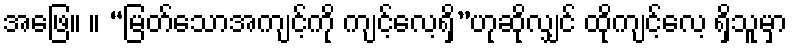
အဖြေ။ ။ “မြတ်သောအကျင့်ကို ကျင့်လေ့ရှိ”ဟုဆိုလျှင် ထိုကျင့်လေ့ ရှိသူမှာ